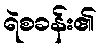
ရဲစခန်း၏